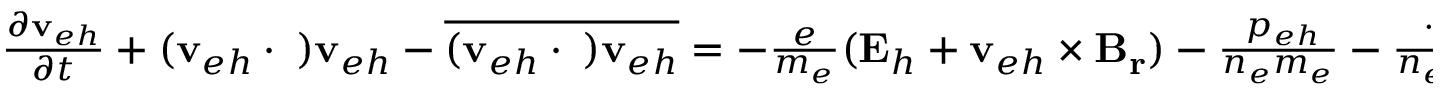
\begin{array} { r } { \frac { \partial \mathbf { v } _ { e h } } { \partial t } + ( \mathbf { v } _ { e h } \cdot \triangledown ) \mathbf { v } _ { e h } - \overline { { ( \mathbf { v } _ { e h } \cdot \triangledown ) \mathbf { v } _ { e h } } } = - \frac { e } { m _ { e } } ( \mathbf { E } _ { h } + \mathbf { v } _ { e h } \times \mathbf { B _ { r } } ) - \frac { \triangledown p _ { e h } } { n _ { e } m _ { e } } - \frac { \triangledown \cdot { \bf \Pi } _ { e h } } { n _ { e } m _ { e } } } \end{array} ,